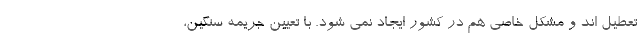
تعطیل اند و مشکل خاصی هم در کشور ایجاد نمی شود. با تعیین جریمه سنگین،